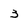
Character: 3